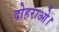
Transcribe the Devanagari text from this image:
दोहराओ।